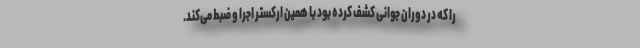
را که در دوران جوانی کشف کرده بود با همین ارکستر اجرا و ضبط می‌کند.